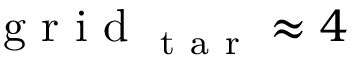
\mathrm { ~ g ~ r ~ i ~ d ~ } _ { \mathrm { ~ t ~ a ~ r ~ } } \approx 4